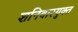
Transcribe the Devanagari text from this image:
शनिवारयुक्त